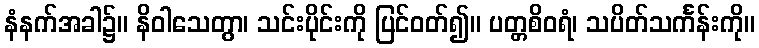
နံနက်အခါ၌။ နိဝါသေတွာ၊ သင်းပိုင်းကို ပြင်ဝတ်၍။ ပတ္တစိဝရံ၊ သပိတ်သင်္ကန်းကို။